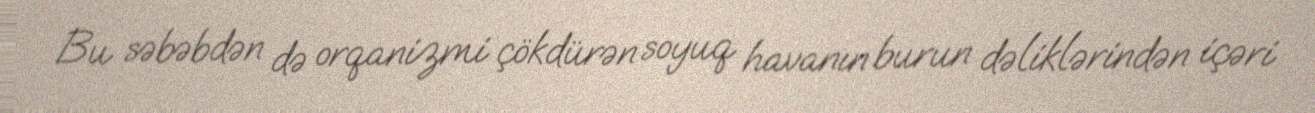
Bu səbəbdən də orqanizmi çökdürən soyuq havanın burun dəliklərindən içəri